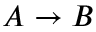
A \rightarrow B